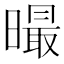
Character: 𣋁